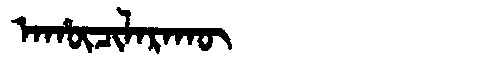
Manchu: ᠠᡥᡡᠴᡳᠯᠠᡵᠠᡴᡡ
Romanization: AHŪCILARAKŪ